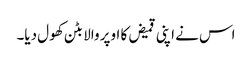
اس نے اپنی قمیض کا اوپر والا بٹن کھول دیا۔